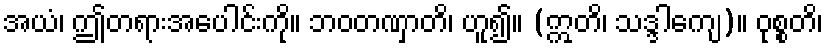
အယံ၊ ဤတရားအပေါင်းကို။ ဘဝတဏှာတိ၊ ဟူ၍။ (ဣတိ၊ သဒ္ဒါကျေ)။ ဝုစ္စတိ၊